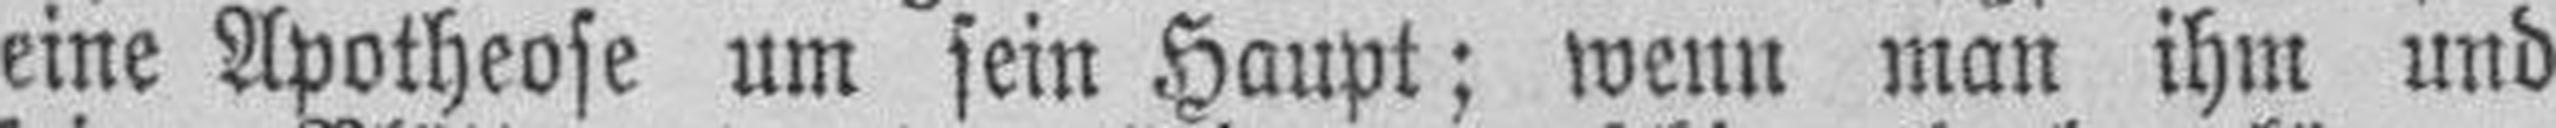
eine Apotheose um sein Haupt; wenn man ihm und